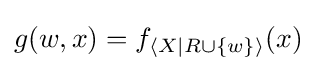
g(w,x)=f_{\langle X|R\cup \{w\}\rangle }(x)